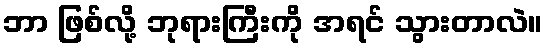
ဘာ ဖြစ်လို့ ဘုရားကြီးကို အရင် သွားတာလဲ။